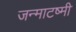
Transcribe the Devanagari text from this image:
जन्माटष्मी